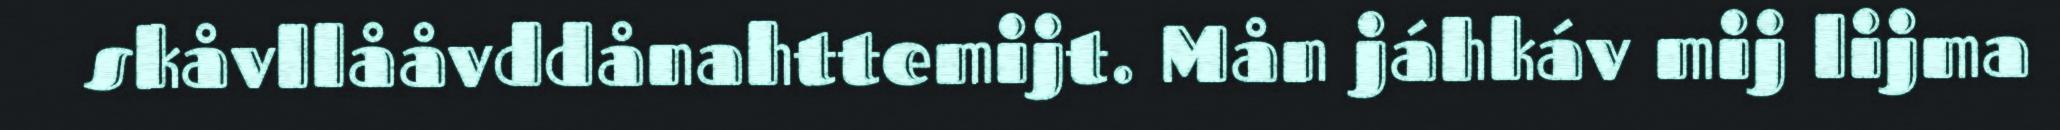
skåvllååvddånahttemijt. Mån jáhkáv mij lijma